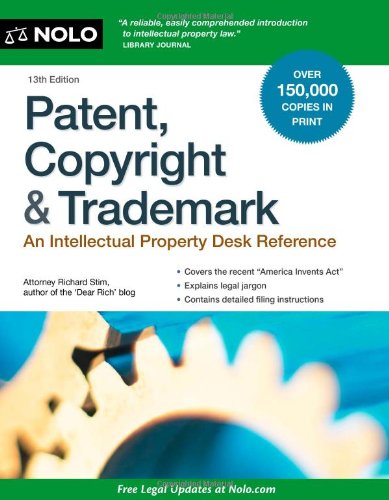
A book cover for Patent, Copyright & Trademark: An Intellectual Property Desk Reference; Richard Stim; Law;